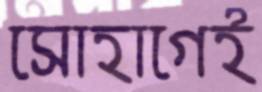
সোহাগেই